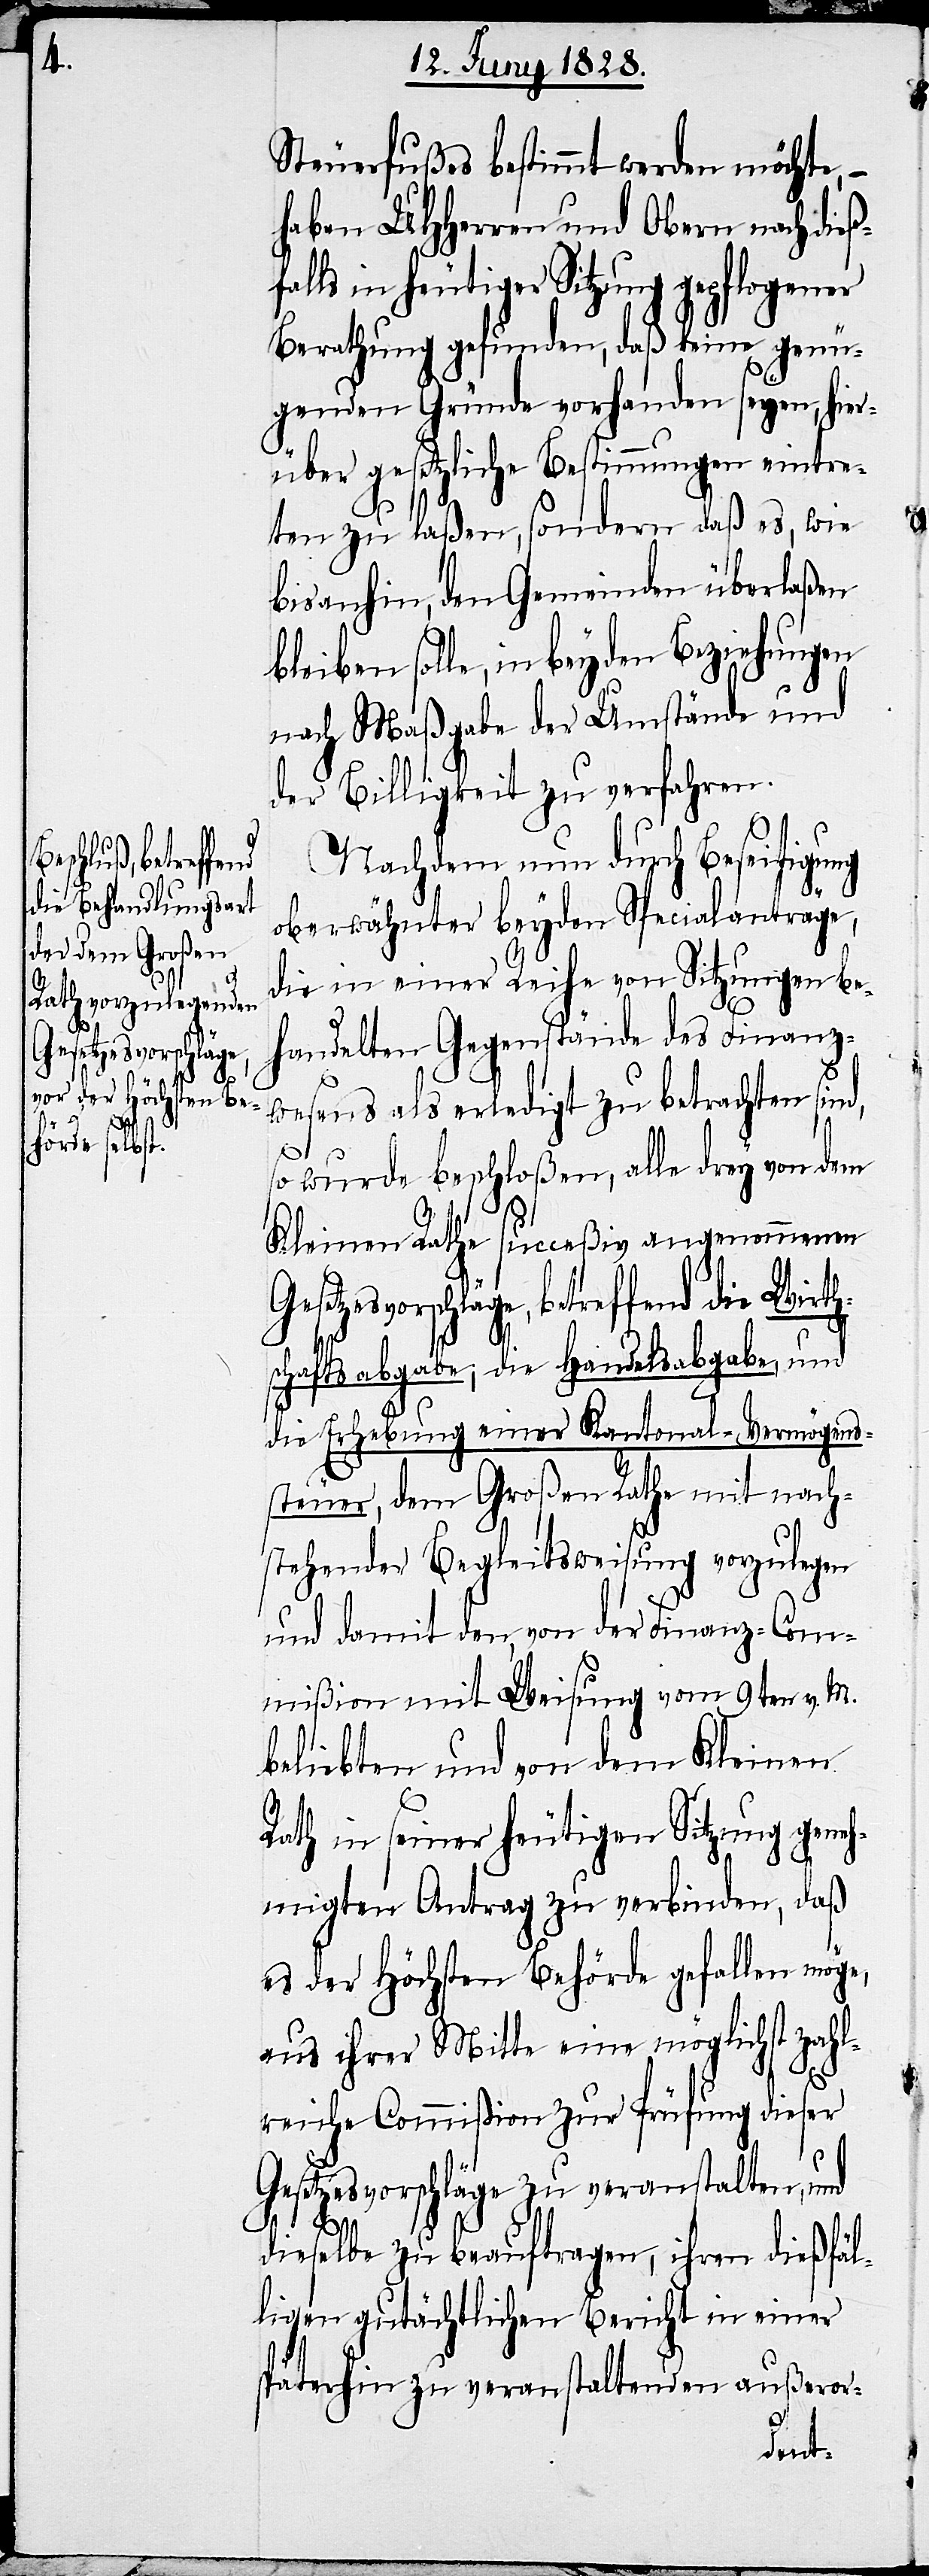
Gesetzesvorschläg¬

Steuerfußes bestimmt werden möchte,
haben UHHerren und Obern nach dieß¬
ls in heutiger Sitzung gepflogener
Berathung gefunden, daß keine genü¬
genden Gründe vorhanden seyen, hier¬
über gesetzliche Bestimmungen eintre¬
fal¬
ten zu laßen, sondern daß es, wie
bisanhin, den Gemeinden überlaßen
bleiben solle, in beyden Beziehungen
nach Maßgabe der Umstände und
der Billigkeit zu verfahren.
Nachdem nun durch Beseitigung
oberwähnter beyde Specialanträge,
die in einer Reihe von Sitzungen be¬
handelten Gegenstände des Finanz¬
wesens als erledigt zu betrachten sind,
so wurde beschloßen, alle drey von dem
Kleinen Rathe succeßiv angenommenen
e, betreffend die Wirth¬
schaftsabgabe, die Handelsabgabe, und
die Erhebung einer Kantonal-Vermögens¬
steuer, dem Großen Rathe mit nach¬
stehender Begleitsweisung vorzulegen
und damit den, von der Finanz-Com¬
mißion mit Weisung vom 9ten v. M.
beliebten und von dem Kleinen
Rath in seiner heutigen Sitzung geneh¬
migten Antrag zu verbinden, daß
es der Höchsten Behörde gefallen möge,
aus ihrer Mitte eine möglichst zahl¬
reiche Commißion zur Prüfung dieser
Gesetzesvorschläge zu veranstalten, und
dieselbe zu beauftragen, ihren dießfäl¬
ligen gutächtlichen Bericht in einer
späterhin zu veranstaltenden außeror-